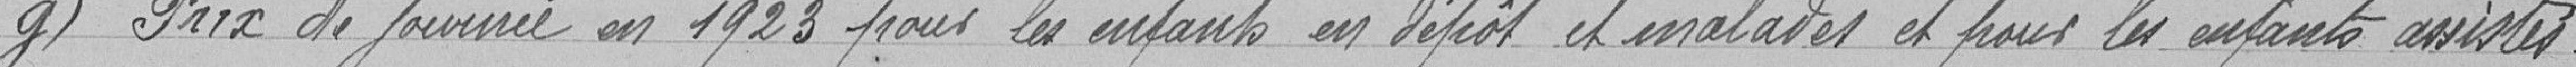
g) Prix de journée en 1923 pour les enfants en dépôt et malades et pour les enfants assistés.